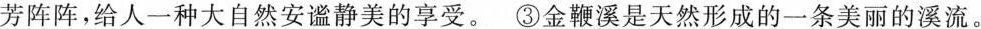
芳阵阵，给人一种大自然安谧静美的享受。~③金鞭溪是天然形成的一条美丽的溪流。